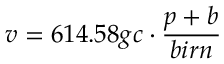
v = 6 1 4 . 5 8 g c \cdot { \frac { p + b } { b i r n } }